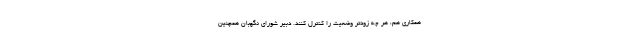
همکاری هم، هر چه زودتر وضعیت را کنترل کنند. دبیر شورای نگهبان همچنین